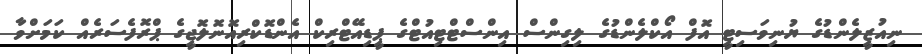
ނިއުޒީލެންޑުގެ ޔުނިވަސިޓީ އޮފް އޯކްލެންޑުގެ ލިގިންސް އިންސްޓްޓިއުޓްގެ ޕީޑިއޭޓްރިކް އެންޑޮކްރިއޮނޮލޮޖީގެ ޕްރޮފެސަރެއް ކަމަށްވާ